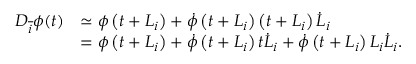
\begin{array} { r l } { { D } _ { \overline { { i } } } \phi ( t ) } & { \simeq \phi \left( { t } + { L } _ { { i } } \right) + \dot { \phi } \left( t + L _ { i } \right) \left( t + L _ { i } \right) \dot { L } _ { i } } \\ & { = \phi \left( { t } + { L } _ { { i } } \right) + \dot { \phi } \left( t + L _ { i } \right) t \dot { L } _ { i } + \dot { \phi } \left( t + L _ { i } \right) L _ { i } \dot { L } _ { i } . } \end{array}